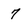
Character: 7